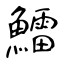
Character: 鱩